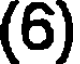
(6)